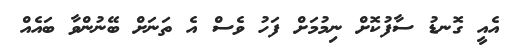
އެއީ ގޮނޑު ސާފުކޮށް ނިމުމަށް ފަހު ވެސް އެ ތަނަށް ބޭނުންވާ ބައެއް